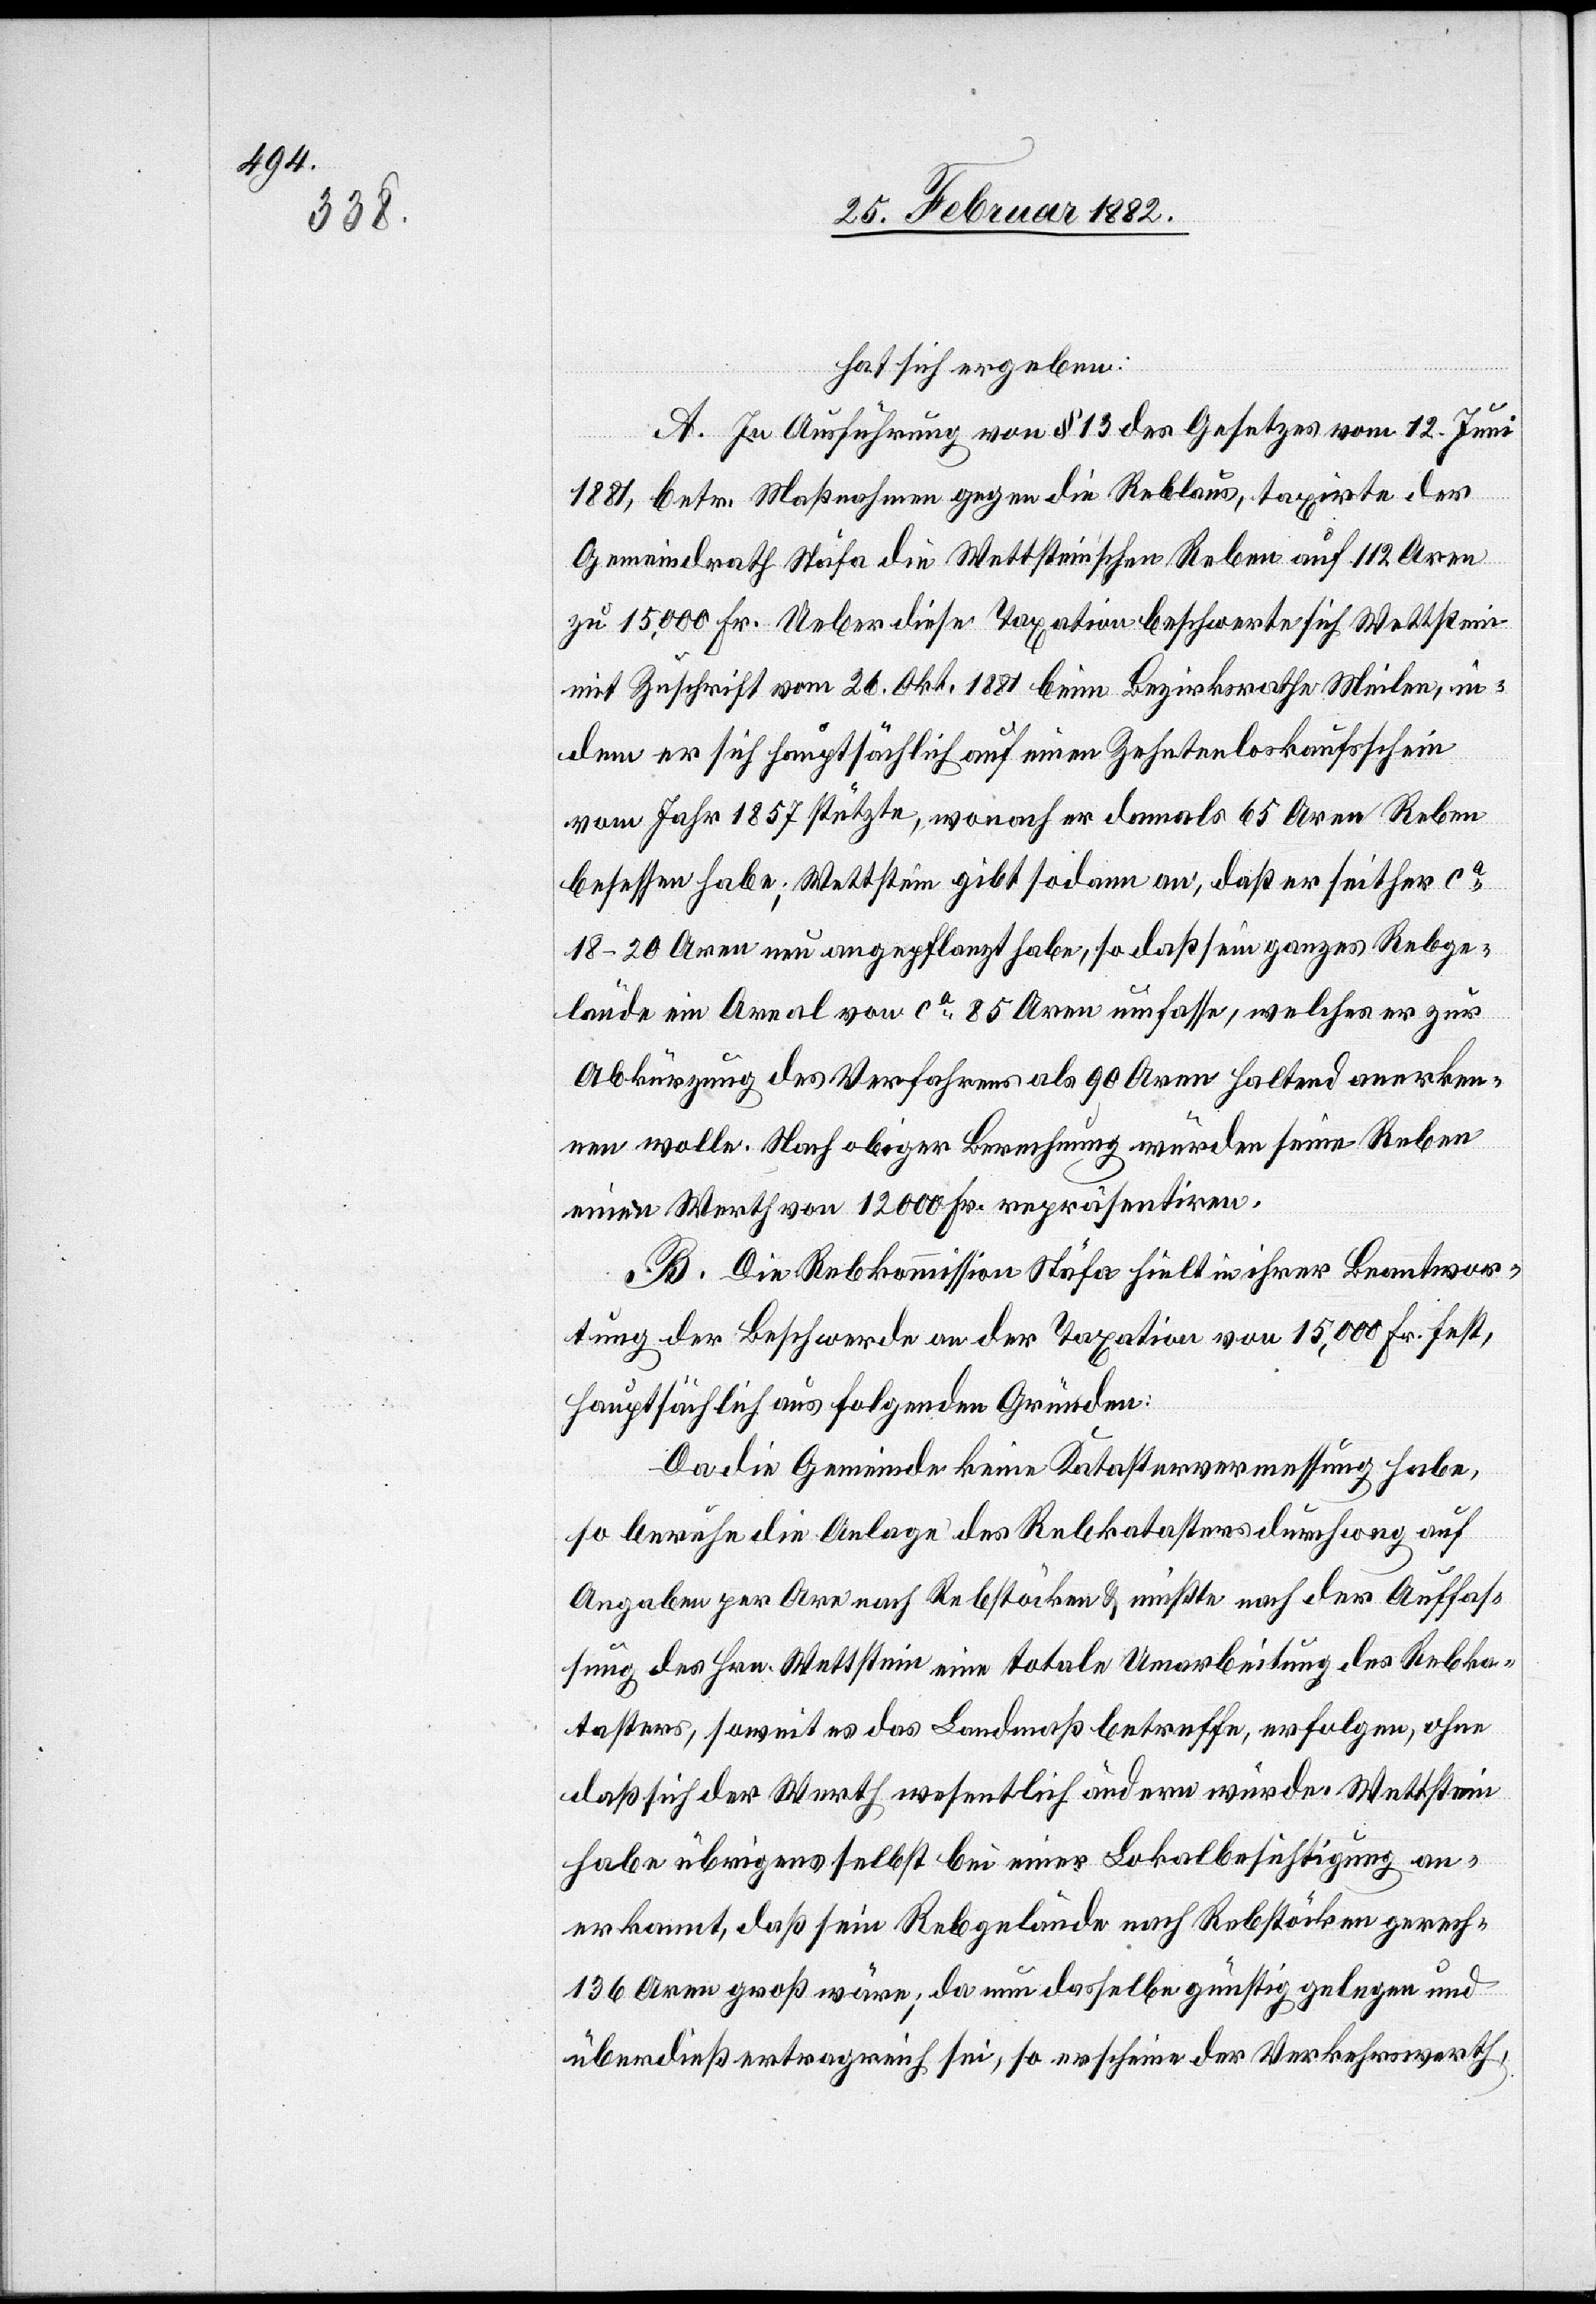
hat sich ergeben:
A. In Ausführung von § 13 des Gesetzes vom 12. Juni
1881, betr. Maßnahmen gegen die Reblaus, taxirte der
Gemeindrath Stäfa die Wettscheinschen Reben auf 112 Aren
zu 15,000 Fr. Ueber diese Taxation beschwerte sich Wettstein
mit Zuschrift vom 26. Okt. 1881 beim Bezirksrathe Meilen, in¬
dem er sich hauptsächlich auf einen Zehntenloskaufschein
vom Jahr 1867 stütze, wonach er damals 65 Aren Reben
besessen habe; Wettstein gibt sodann an, daß er seither ca
18–20 Aren neu angepflanzt habe, so daß sein ganzes Rebge¬
lände ein Areal von ca 85 Aren umfasse, welches er zur
Abkürzung des Verfahrens als 90 Aren haltend anerken¬
nen wolle. Nach obiger Berechnung würden seine Reben
einen Werth von 12,000 Fr. repräsentiren.
B. Die Rebkommission Stäfa hielt in ihrer Beantwor¬
tung der Beschwerde an der Taxation von 15,000 Fr. fest,
hauptsächlich aus folgenden Gründen:
Da die Gemeinde keine Katastervermessung habe,
so beruhe die Anlage des Rebkatasters durchweg auf
Angaben per Are nach Rebstöcken & mußte nach der Auffas¬
sung des Hrn. Wettstein eine totale Umarbeitung des Rebka¬
tasters, soweit es das Landmaß betreffe, erfolgen, ohne
daß sich der Werth wesentlich ändern würde. Wettstein
habe übrigens selbst bei einer Lokalbesichtigung an¬
erkannt, daß sein Rebgelände nach Rebstöcken gerech
136 Aren groß wäre; da nun dasselbe günstig gelegen und
überdieß ertragreich sei, so erscheine der Verkehrswerth,